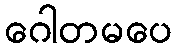
ဂေါတမပေ